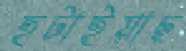
হটাইয়াছ